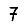
Digit: 7